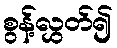
စွန့်လွှတ်၍